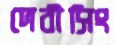
দেবীসিং